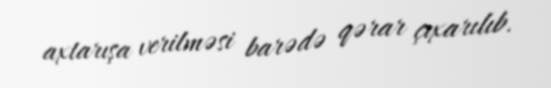
axtarışa verilməsi barədə qərar çıxarılıb.